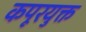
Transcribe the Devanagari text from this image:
कपूरयुक्त